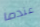
عندما